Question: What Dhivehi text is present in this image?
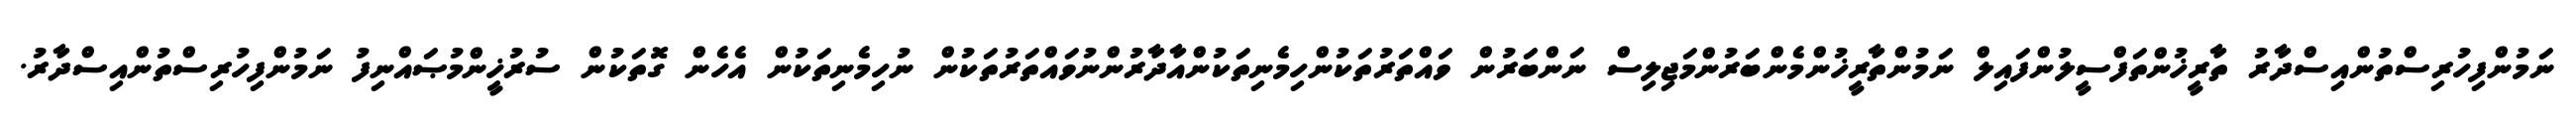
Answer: ނަމުންފިހުރިސްތުންއިސްދާރު ތާރީޚުންތަފްސީލުންފައިލް ނަމުންތާރީޚުންމެންބަރުންމަޖިލިސް ނަންބަރުން ވައްތަރުތަކުންހިމެނިތަކުންއާދާރުންނުވައްތަރުތަކުން ނުހިމެނިތަކުން އެހެން ގޮތަކުން ސުރުޚީންމުޞައްނިފު ނަމުންފިހުރިސްތުންއިސްދާރު.